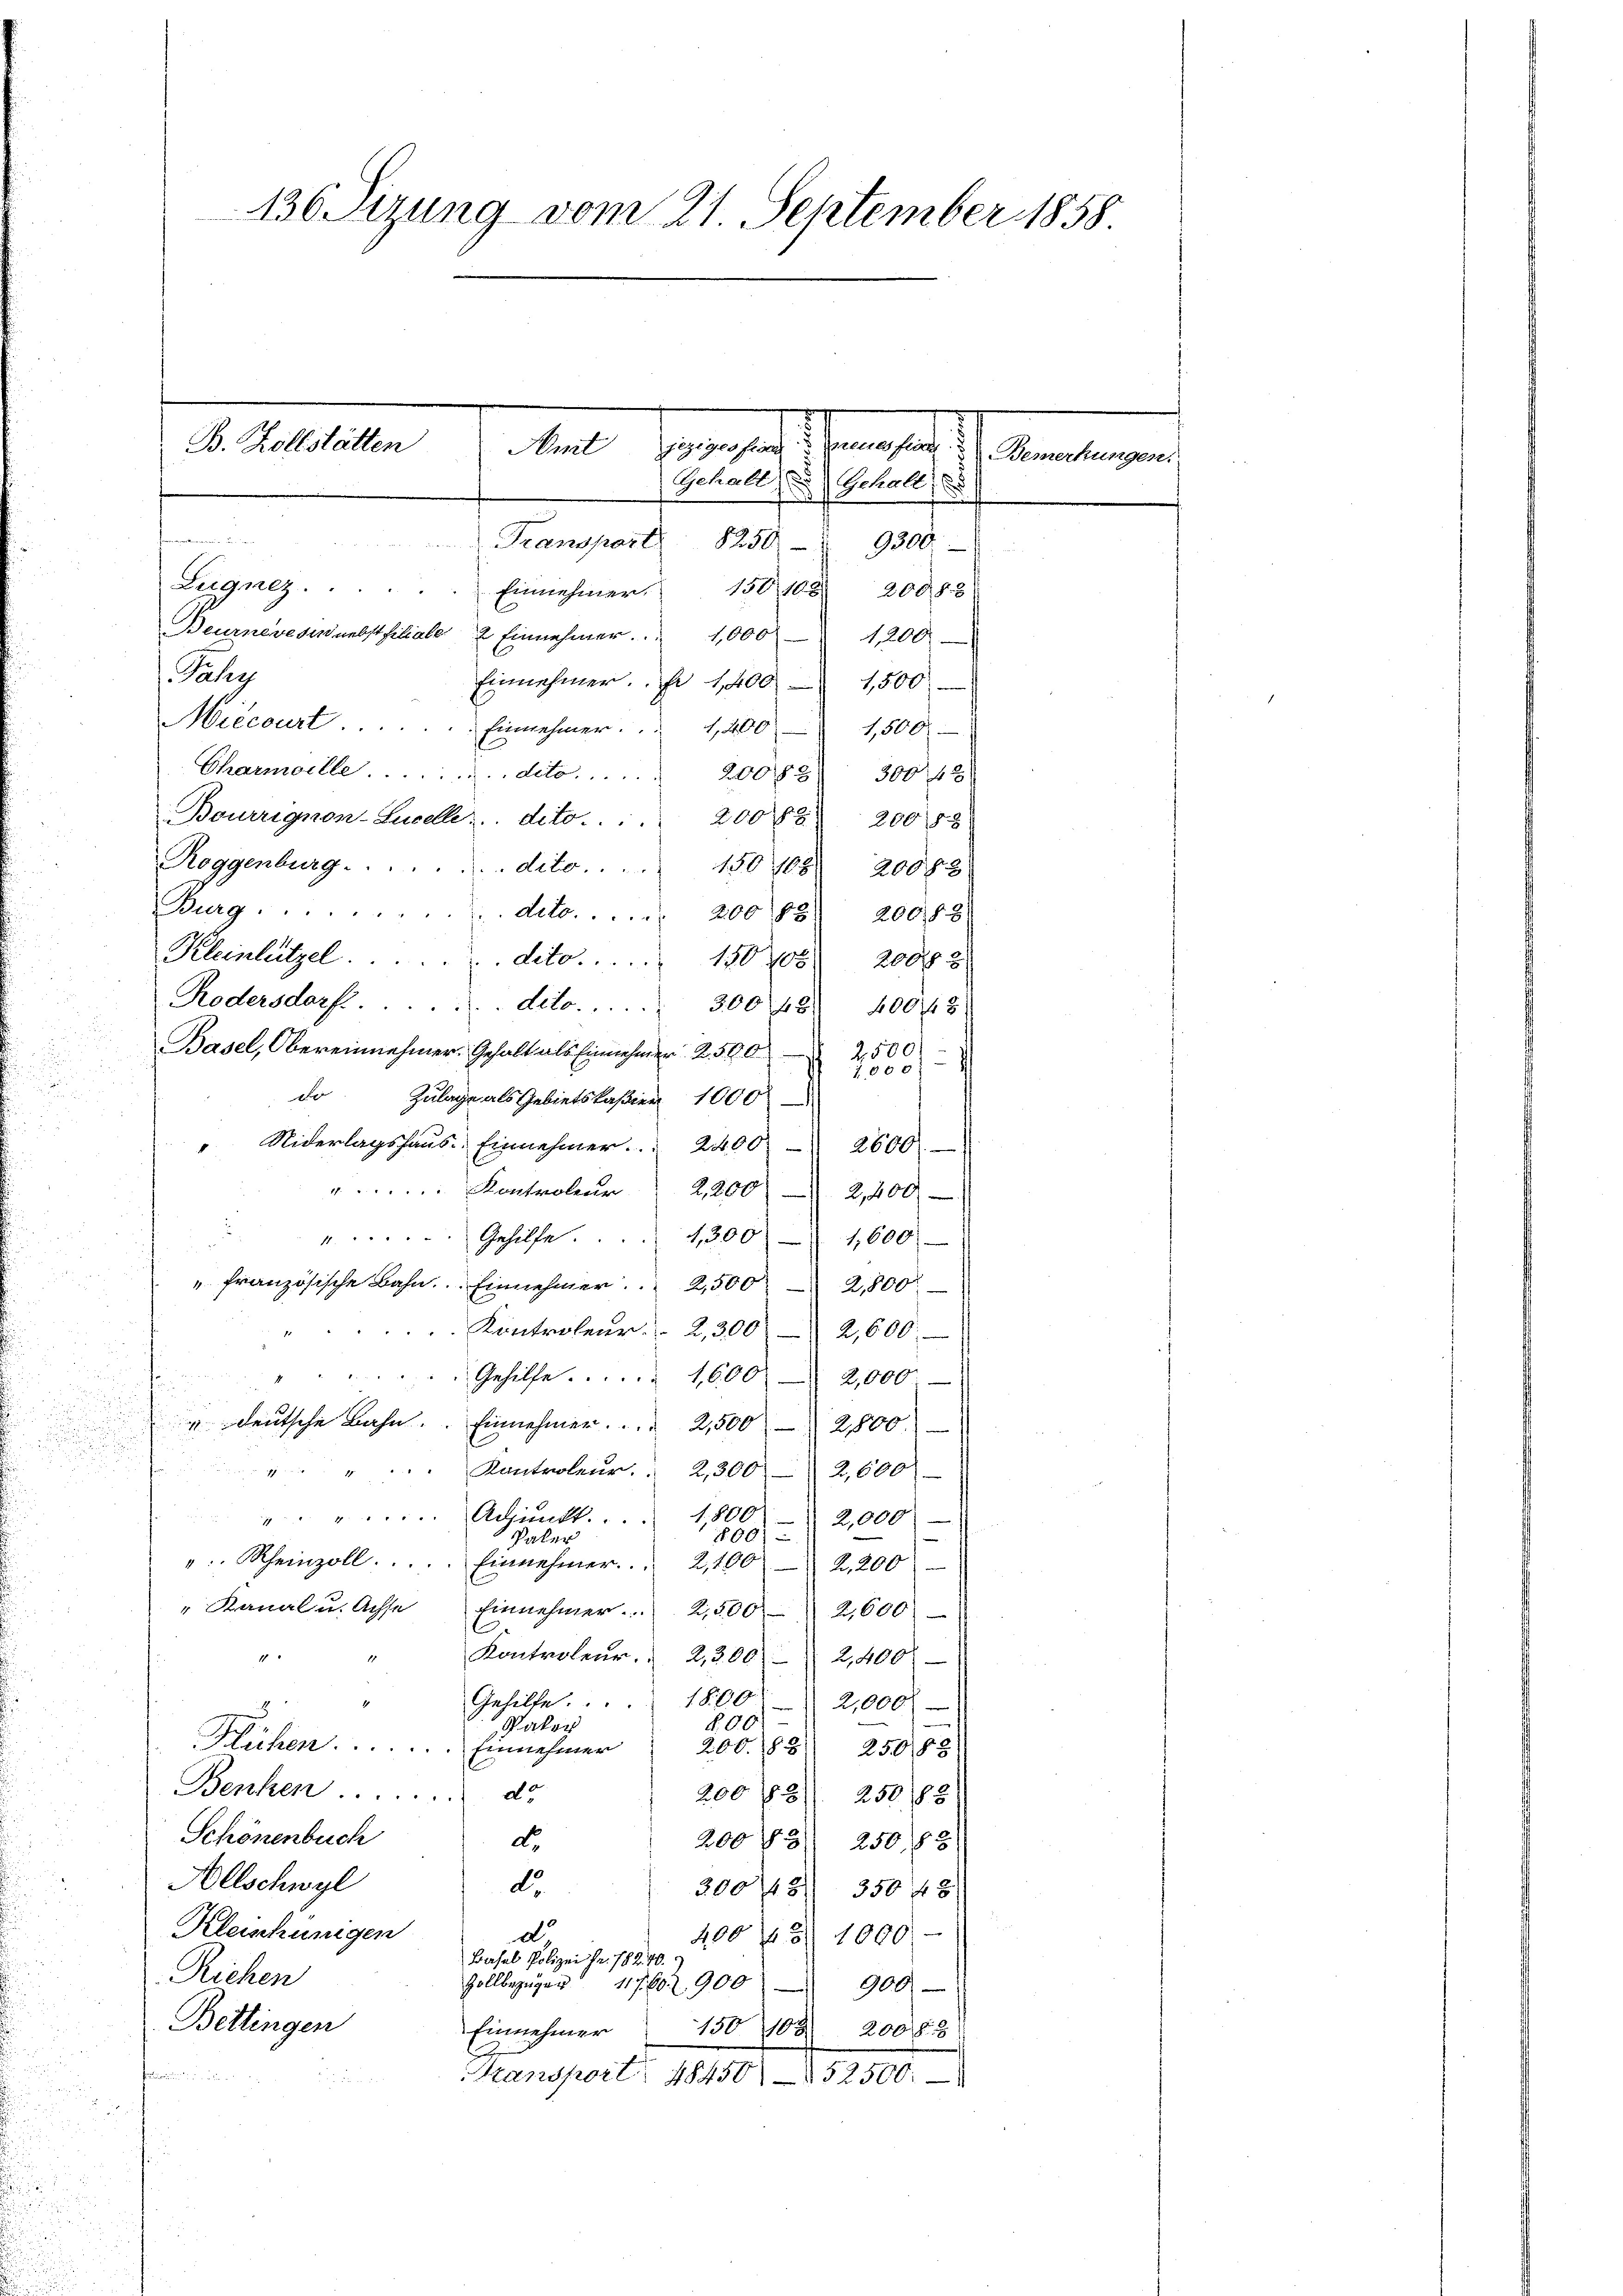
s
n

136 Setzung vom 21. September 1858

B. Zollstätten
Amt jeziges fran
einheit 1. Manten,
Gehalt u. Gehalt
Transpart. 8250 § 9300

Legalz.  .. ..
Einnehmer, 150 108. 20083
Beuznewesen nebstfiliale 2 Einnehmer.  1,000 - 1200
Pähy
Einnehmer. Er 1400 — 1500
Miecourt . . . . . . . Einnehmer.   1400 - 1500
Charwille dit 20083) 300 f 8
Bourrignon-Lucelle: dito. . . . 20088 200 88
Roggenburg ........dito. 150 108. 20083
Burg . . . . . . . . . . deto . . . 200 88 200,88
Kleinlützel.  ..  ..  ..  ...dito. 180 105. 200 2
Rodersdorf.  ..
deto . . . 3008 400 f 5
Basel, Obereinnehmer. Gehalt als Einnehmer 2500
2500
2
100 x
.
de Zulage als Gebietskaßier 1000.
" Niderlagshaŭs-Einnehmer. . . 2400 2600
". Kontroler 2,200 - 2,400
s
"...... Gehilfe. . . 1300 - 1,600
" französische Bahn. Einnehmer 2,500 2,800
Kontroleur.  2,300 - 2,600.
Gehilfe . . . . . 1600 2,000
" deutsche Bahn. Einnehmer. .. . 2500 2800.
Kontroleur. 2300 2,600
1,800
" Adjunkt.
2,000)
1001
Paler
". Rheinzoll. .... Einnehmer.  2,100 2,200
Kanal u. Achse
Einnehmer.  2,500 2,600
1
Kontroleur.  2,3002,400:
Gehilfe.
1800 2,000
R.00
Pator
Klühen . . . . . . . . . . . Einnehmer
206. 88. 25088)
Benken de
200/2250/88
Schönenbuch
200 f 250. 83
dt.
Allschwyl
do
30048 35048
Kleischungen
d
400 f 1000
Basel Polizei Fr. 18240.
Riehen
Zollbezügen 11760 900
900
Bettingen
Einnehmer
150 108. 20085
baudicinis
ransport 48450) 152500.
u